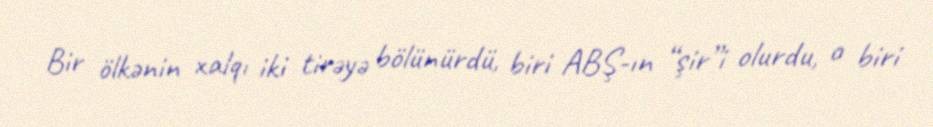
Bir ölkənin xalqı iki tirəyə bölünürdü, biri ABŞ-ın “şir”i olurdu, o biri